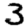
Digit: 3